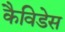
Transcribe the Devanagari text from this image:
कैविडेस